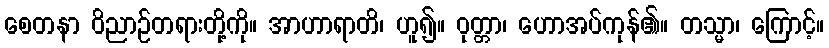
စေတနာ ဝိညာဉ်တရားတို့ကို။ အာဟာရာတိ၊ ဟူ၍။ ဝုတ္တာ၊ ဟောအပ်ကုန်၏။ တသ္မာ၊ ကြောင့်။